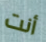
أنت